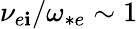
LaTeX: \nu_{e\mathbf{i}}/\omega_{*e}\sim1